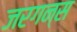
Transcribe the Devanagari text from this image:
जरगन्स